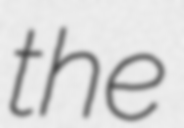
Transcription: the